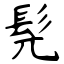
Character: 髡